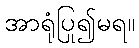
အာရုံပြု၍မရ။